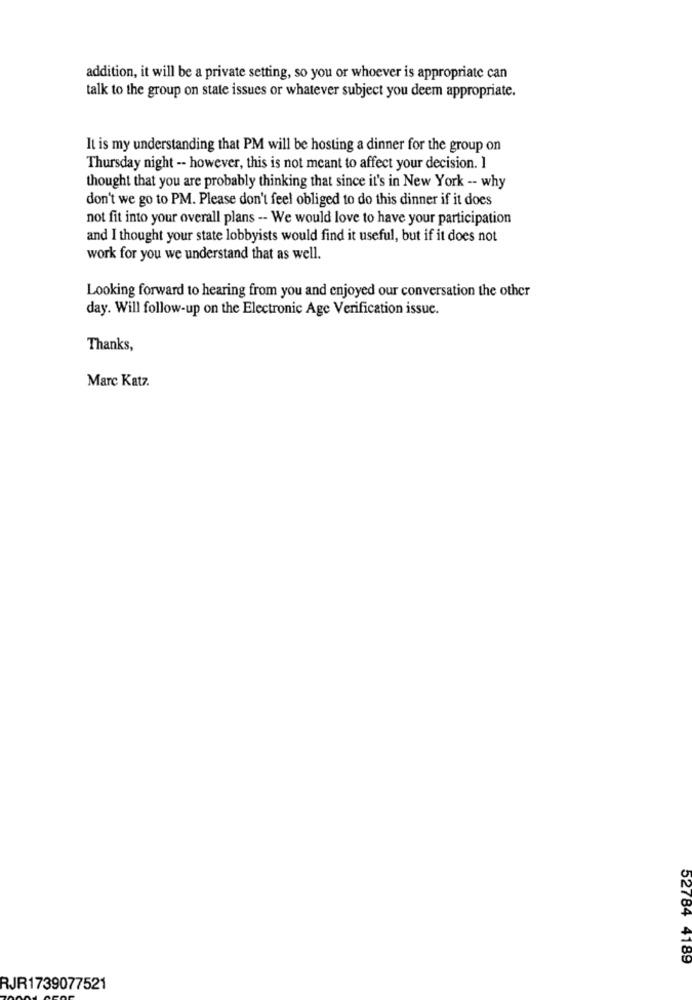
addition, it will be a private setting, so you or whoever is appropriate can
talk to the group on state issues or whatever subject you deem appropriate.
It is my understanding that PM will be hosting a dinner for the group on
Thursday night -- however, this is not meant to affect your decision. ]
thought that you are probably thinking that since it's in New York -- why
don't we go to PM. Please don't feel obliged to do this dinner if it does
not fit into your overall plans -- We would love to have your participation
and I thought your state lobbyists would find it useful, but if it does not
work for you we understand that as well.
Looking forward to hearing from you and enjoyed our conversation the other
day. Will follow-up on the Electronic Age Verification issue.
Thanks,
Marc Katz.
52784 4189
RJR1739077521